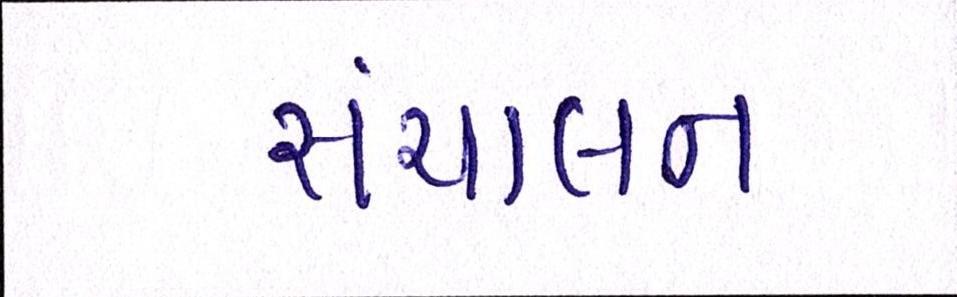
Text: સંચાલન